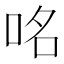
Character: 𠱷